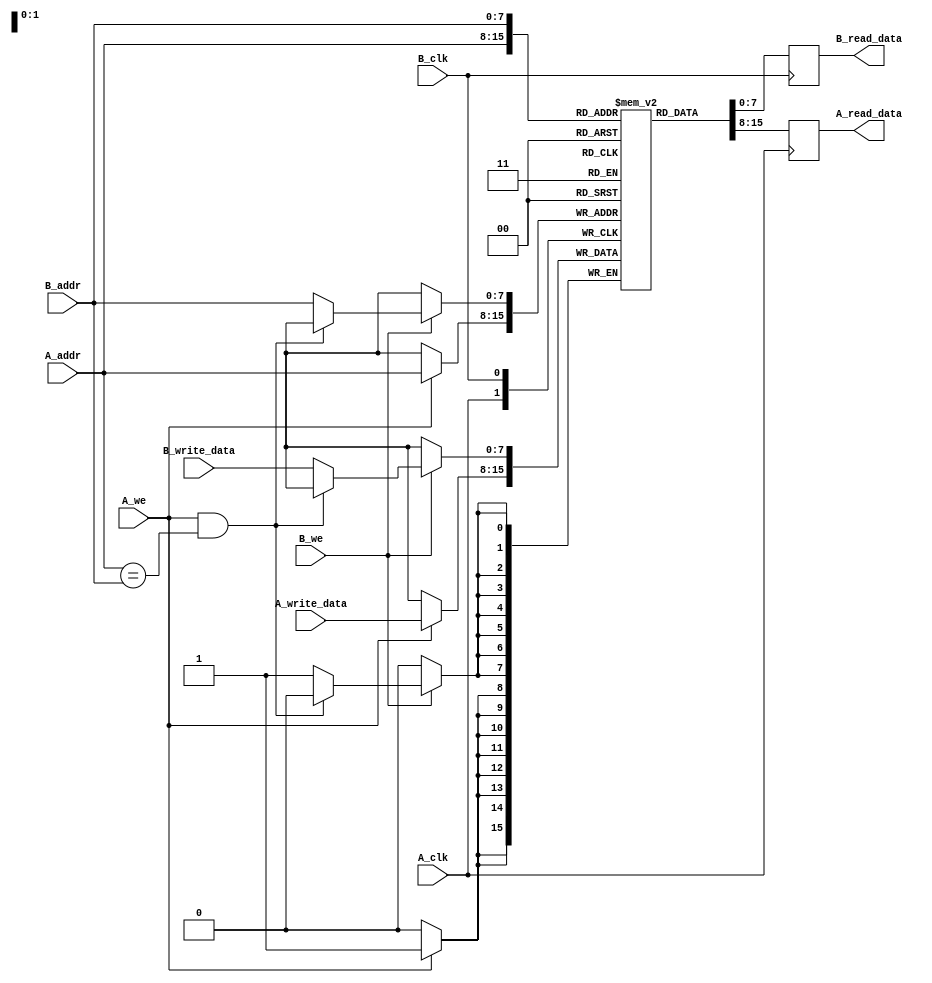
module dual_port_scratchpad_memory #(
    parameter ADDR_WIDTH = 8, // Address width (for 256 words)
    parameter DATA_WIDTH = 8   // Data width (e.g., 8, 16, 32 bits)
)(
    input wire [ADDR_WIDTH-1:0] A_addr,
    input wire [DATA_WIDTH-1:0] A_write_data,
    input wire A_we,
    input wire A_clk,
    output reg [DATA_WIDTH-1:0] A_read_data,

    input wire [ADDR_WIDTH-1:0] B_addr,
    input wire [DATA_WIDTH-1:0] B_write_data,
    input wire B_we,
    input wire B_clk,
    output reg [DATA_WIDTH-1:0] B_read_data
);

    // Memory array
    reg [DATA_WIDTH-1:0] memory [(2**ADDR_WIDTH)-1:0];

    // Port A read/write logic
    always @(posedge A_clk) begin
        if (A_we) begin
            memory[A_addr] <= A_write_data; // Write operation
        end
        A_read_data <= memory[A_addr]; // Read operation
    end

    // Port B read/write logic
    always @(posedge B_clk) begin
        if (B_we) begin
            if (A_we && (A_addr == B_addr)) begin
                // If both ports attempt to write to the same address, prioritize Port A
                // Do nothing for Port B
            end else begin
                memory[B_addr] <= B_write_data; // Write operation
            end
        end
        B_read_data <= memory[B_addr]; // Read operation
    end

    // Optional reset logic (if needed)
    // You can uncomment and modify this section if a reset signal is required
    /*
    input wire reset;
    always @(posedge reset) begin
        integer i;
        for (i = 0; i < (2**ADDR_WIDTH); i = i + 1) begin
            memory[i] <= {DATA_WIDTH{1'b0}}; // Initialize memory to zeros
        end
    end
    */

endmodule